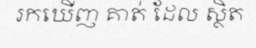
រកឃើញ គាត់ ដែល ស្ថិត